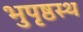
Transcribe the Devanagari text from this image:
भुपृष्ठस्थ